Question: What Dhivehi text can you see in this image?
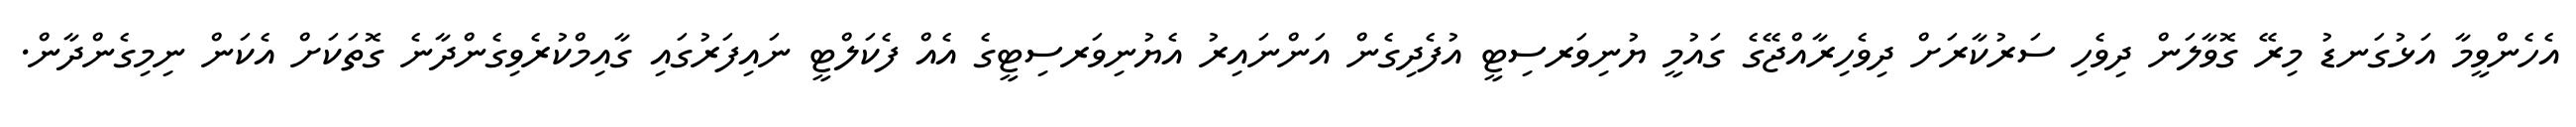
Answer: އެހެންވީމާ އަޅުގަނޑު މިރޭ ގޮވާލަން ދިވެހި ސަރުކާރަށް ދިވެހިރާއްޖޭގެ ގައުމީ ޔުނިވަރސިޓީ އުފެދިގެން އަންނައިރު އެޔުނިވަރސިޓީގެ އެއް ފެކަލްޓީ ނައިފަރުގައި ގާއިމްކުރެވިގެންދާނެ ގޮތަކަށް އެކަން ނިމިގެންދާން.